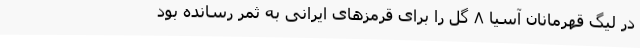
در لیگ قهرمانان آسیا ۸ گل را برای قرمز‌های ایرانی به ثمر رسانده بود